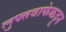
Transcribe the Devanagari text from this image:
लुफ्तवाफेकडून